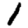
Digit: 1